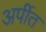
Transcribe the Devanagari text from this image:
अर्पीत